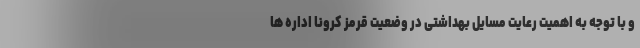
و با توجه به اهمیت رعایت مسایل بهداشتی در وضعیت قرمز کرونا اداره ها